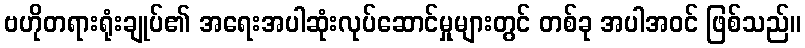
ဗဟိုတရားရုံးချုပ်၏ အရေးအပါဆုံးလုပ်ဆောင်မှုများတွင် တစ်ခု အပါအဝင် ဖြစ်သည်။